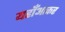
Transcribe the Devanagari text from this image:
यहाँआकर